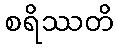
စရိဿတိ